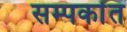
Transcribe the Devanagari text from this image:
सम्पर्कात